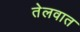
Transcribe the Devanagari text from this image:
तेलवात